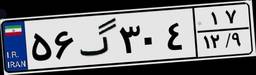
۵۶گ۳۰۴۱۷